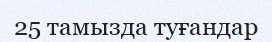
25 тамызда туғандар